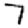
Digit: 7